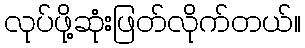
လုပ်ဖို့ဆုံးဖြတ်လိုက်တယ်။